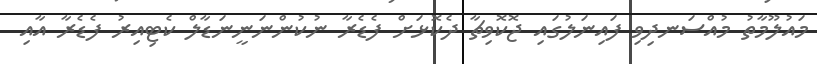
މައުލޫމާތު މުއްސަނދިވި ފައިނަލުގައި ޖޮކޮވިޗާ ދެކޮޅަށް ފެޑެރާ ނުކުންނަނީނަޑާލް ކެޓިއިރު ފެޑެރާ އާއި